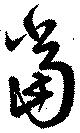
當